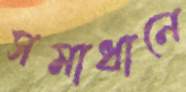
সমাধানে